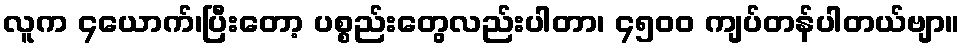
လူက ၄ယောက်၊ပြီးတော့ ပစ္စည်းတွေလည်းပါတာ၊ ၄၅၀၀ ကျပ်တန်ပါတယ်ဗျာ။